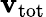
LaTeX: \mathbf{v}_{\mathrm{{tot}}}